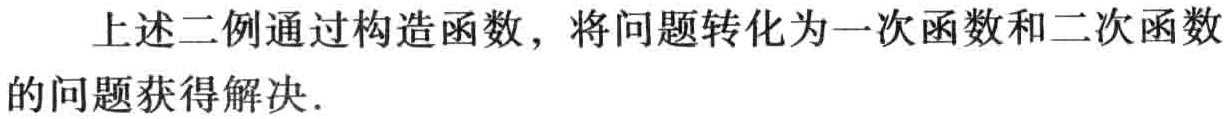
上述二例通过构造函数，将问题转化为一次函数和二次函数的问题获得解决.